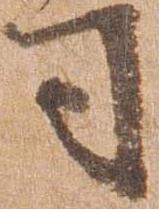
司